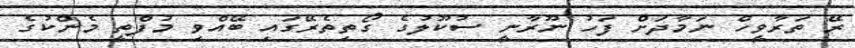
ރޭ ތަރާވީހް ނަމާދަށް ފަހު ނޫރާނީ ސުކޫލުގެ ގޯތިތެރޭގައި ބޭއްވި މުފްތީ މެންކުގެ